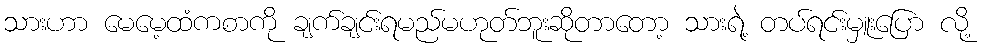
သားဟာ မေမေ့ထံကစာကို ချက်ချင်းရမည်မဟုတ်ဘူးဆိုတာတော့ သားရဲ့ တပ်ရင်းမှူးပြော လို့